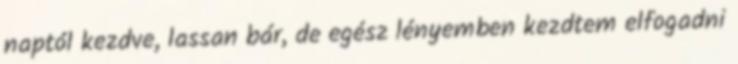
naptól kezdve, lassan bár, de egész lényemben kezdtem elfogadni